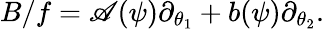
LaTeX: B/f=\mathscr{A}(\psi)\partial_{\theta_{1}}+b(\psi)\partial_{\theta_{2}}.